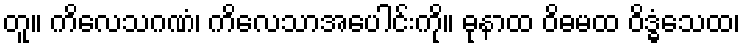
တူ။ ကိလေသဂဏံ၊ ကိလေသာအပေါင်းကို။ ဓုနာထ ဝိဓမထ ဝိဒ္ဓံသေထ၊